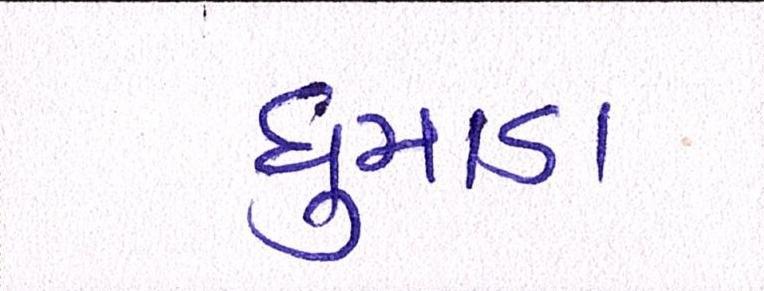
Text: ધુમાડા